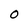
Character: O